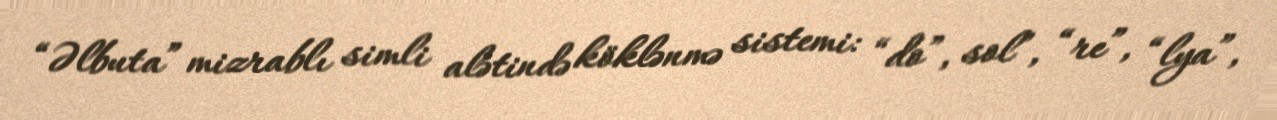
“Əlbuta” mizrablı simli alətində köklənmə sistemi: “do”, sol”, “re”, “lya”,